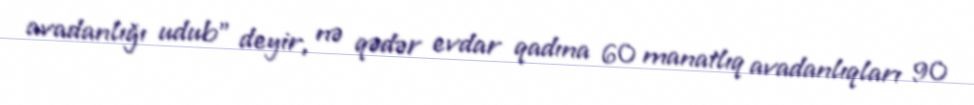
avadanlığı udub” deyir, nə qədər evdar qadına 60 manatlıq avadanlıqları 90